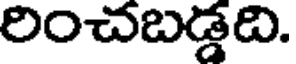
రించబడ్డది.